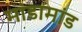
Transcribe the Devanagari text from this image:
मांडामांड